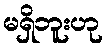
မရှိဘူးဟု